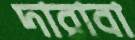
দারাবা